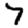
Digit: 7